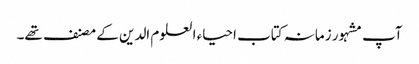
آپ مشہور زمانہ کتاب احیاء العلوم الدین کے مصنف تھے۔